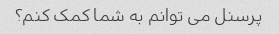
پرسنل می توانم به شما کمک کنم؟